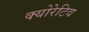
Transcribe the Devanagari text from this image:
क्योरेटिव